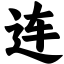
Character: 连